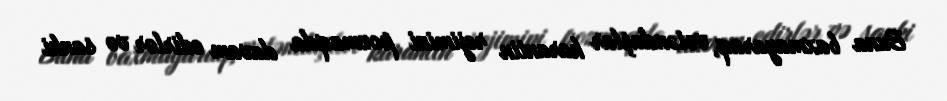
Buna baxmayaraq, vətəndaşlar karantin rejimini pozmaqda davam edirlər və sanki